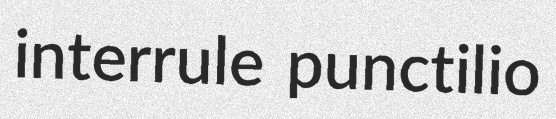
interrule punctilio